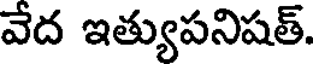
వేద ఇత్యుపనిషత్.